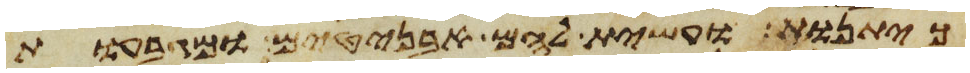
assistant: כיתנות ועשית להם אבניטים ומגבעות